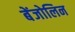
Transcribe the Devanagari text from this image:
बेंजोलिन